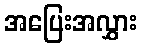
အပြေးအလွှား